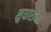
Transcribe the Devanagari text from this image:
सुधारांना